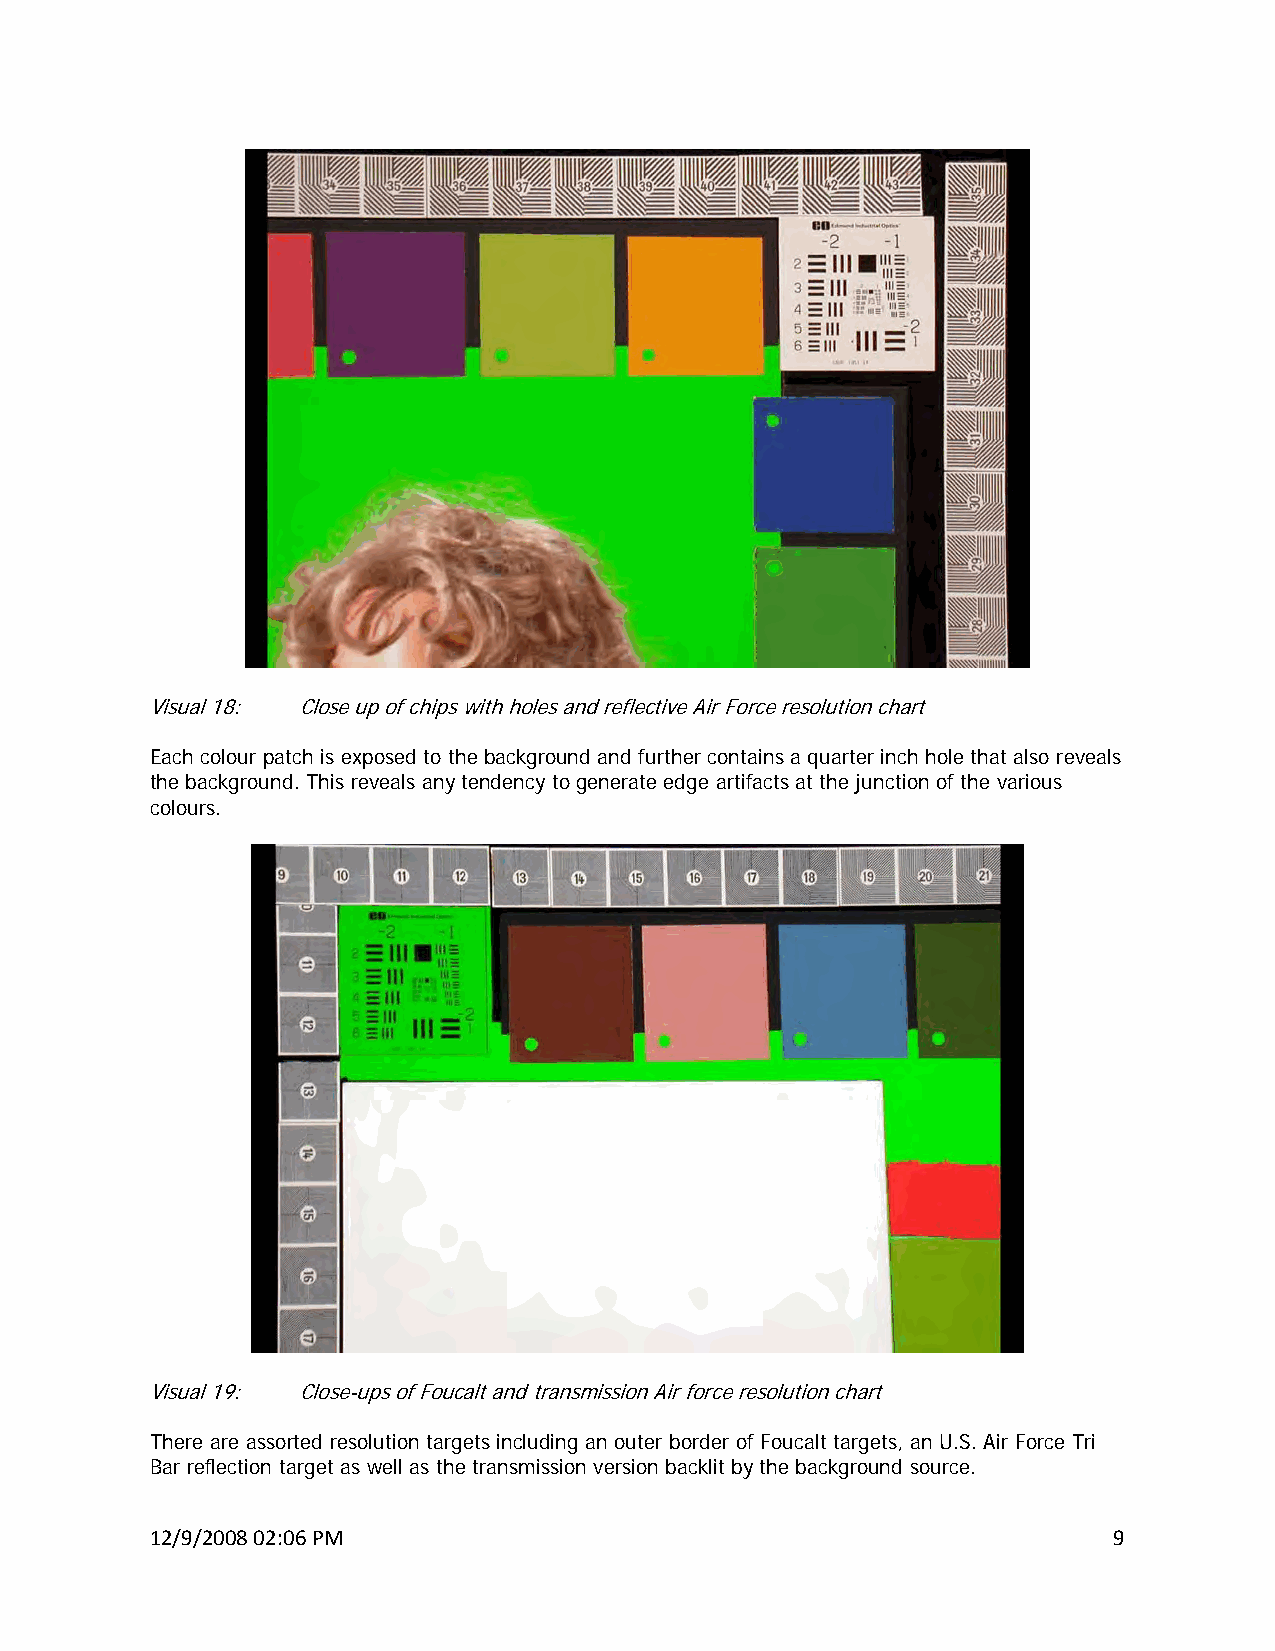
Visual 18: Close up of chips with holes and reflective Air Force resolution chart
 Each colour patch is exposed to the background and further contains a quarter inch hole that also reveals
 the background. This reveals any tendency to generate edge artifacts at the junction of the various
 colours.
 Visual 19: Close-ups of Foucalt and transmission Air force resolution chart
 There are assorted resolution targets including an outer border of Foucalt targets, an U.S. Air Force Tri
 Bar reflection target as well as the transmission version backlit by the background source.
 12/9/2008 02:06 PM                                              9